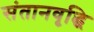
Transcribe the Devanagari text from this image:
संतानवृद्धि